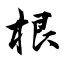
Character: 根